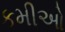
કમીઓ